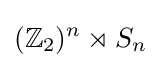
(\mathbb {Z} _{2})^{n}\rtimes S_{n}